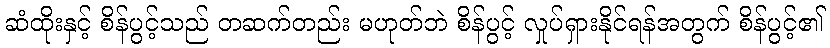
ဆံထိုးနှင့် စိန်ပွင့်သည် တဆက်တည်း မဟုတ်ဘဲ စိန်ပွင့် လှုပ်ရှားနိုင်ရန်အတွက် စိန်ပွင့်၏